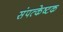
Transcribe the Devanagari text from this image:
संपत्केष्टक